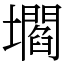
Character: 壛